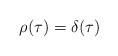
LaTeX: \begin{align*}\rho (\tau) = \delta (\tau)\end{align*}